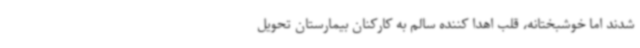
شدند اما خوشبختانه، قلب اهدا کننده سالم به کارکنان بیمارستان تحویل